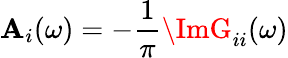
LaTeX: \mathbf{A}_{i}(\omega)=-\frac{{1}}{{\pi}}\ImG_{ii}(\omega)